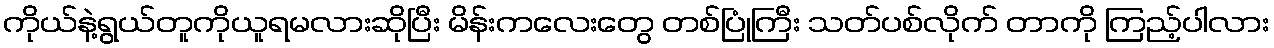
ကိုယ်နဲ့ရွယ်တူကိုယူရမလားဆိုပြီး မိန်းကလေးတွေ တစ်ပြုံကြီး သတ်ပစ်လိုက် တာကို ကြည့်ပါလား